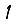
Digit: 1